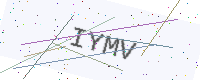
Text: IYMV